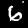
Digit: 6